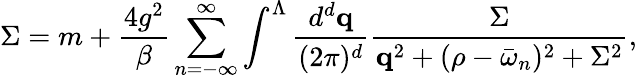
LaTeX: \Sigma=m+\frac{4g^{2}}{\beta}\sum_{n=-\infty}^{\infty}\int^{\Lambda}\frac{d^{d}{\mathbf q}}{(2\pi)^{d}}\frac{\Sigma}{{\mathbf q}^{2}+(\rho-\bar{\omega}_{n})^{2}+\Sigma^{2}},